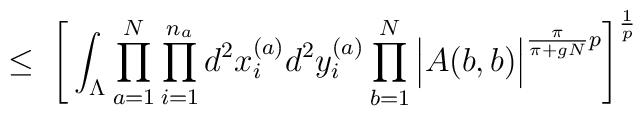
\leq \;\Bigg[ \int_{\Lambda} \prod_{a=1}^N \prod_{i=1}^{n_a}d^2x_{i}^{(a)} d^2y_{i}^{(a)} \prod_{b=1}^N\Big| A(b,b) \Big|^{\frac{\pi}{\pi+gN}p} \Bigg]^{\frac{1}{p}}